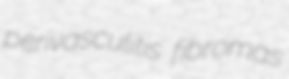
perivasculitis fibromas